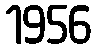
1956